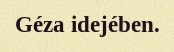
Géza idejében.